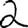
Digit: 2